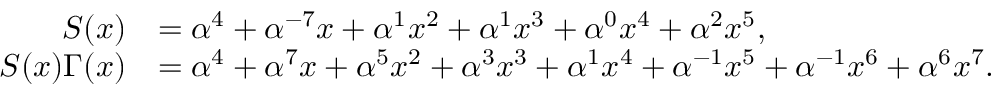
{ \begin{array} { r l } { S ( x ) } & { = \alpha ^ { 4 } + \alpha ^ { - 7 } x + \alpha ^ { 1 } x ^ { 2 } + \alpha ^ { 1 } x ^ { 3 } + \alpha ^ { 0 } x ^ { 4 } + \alpha ^ { 2 } x ^ { 5 } , } \\ { S ( x ) \Gamma ( x ) } & { = \alpha ^ { 4 } + \alpha ^ { 7 } x + \alpha ^ { 5 } x ^ { 2 } + \alpha ^ { 3 } x ^ { 3 } + \alpha ^ { 1 } x ^ { 4 } + \alpha ^ { - 1 } x ^ { 5 } + \alpha ^ { - 1 } x ^ { 6 } + \alpha ^ { 6 } x ^ { 7 } . } \end{array} }